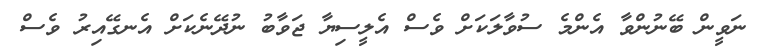
ނަވީން ބޭނުންވާ އެންމެ ސުވާލަކަށް ވެސް އެލީސިޔާ ޖަވާބު ނުދޭނެކަށް އެނގޭއިރު ވެސް